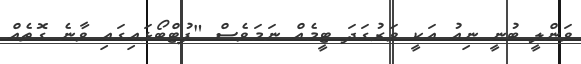
ވަންލީ ބުނީ ނިއު އަކީ ވަރުގަދަ ޓީމެއް ނަމަވެސް "ފުޓްބޯޅައިގައި ވާނެ ގޮތެއް